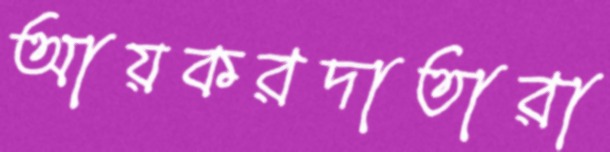
আয়করদাতারা